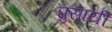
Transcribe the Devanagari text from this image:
घुसायी